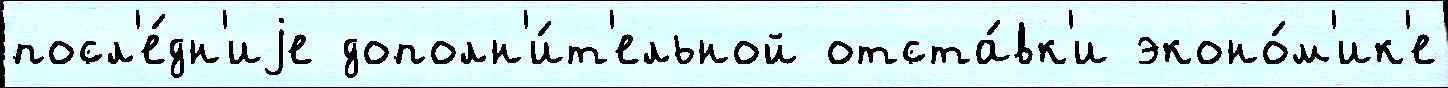
посл'е́дн'иjе дополн'и́т'ельной отста́вк'и эконо́м'ик'е